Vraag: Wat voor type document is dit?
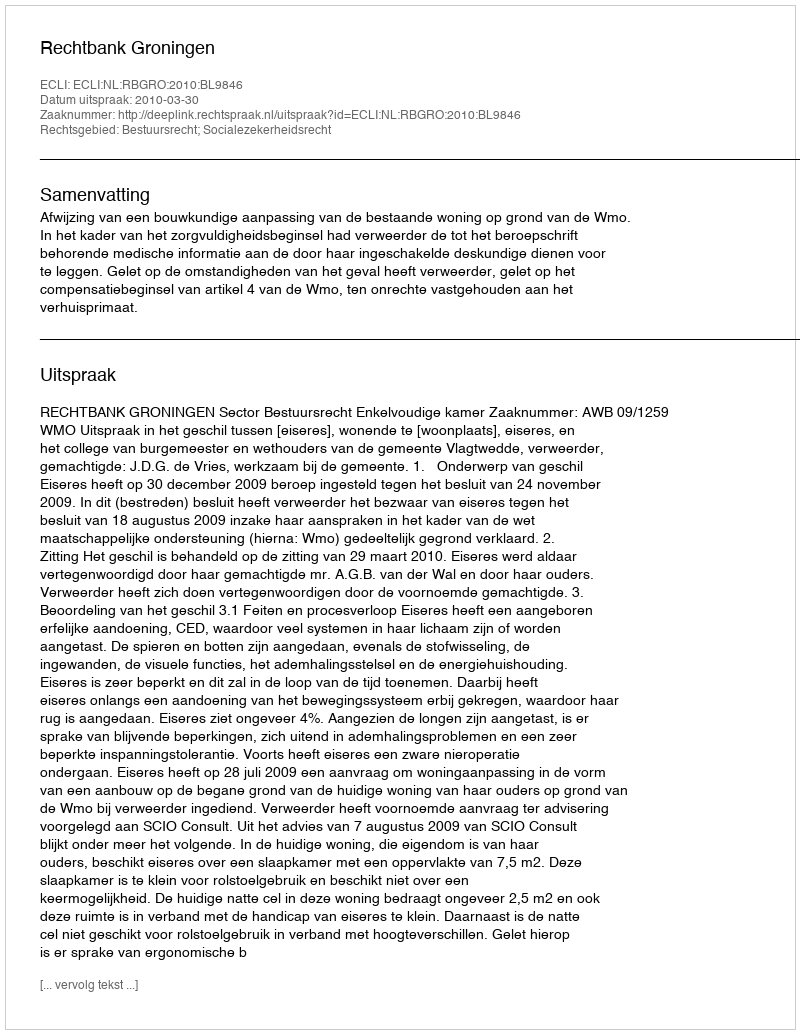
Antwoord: Uitspraak